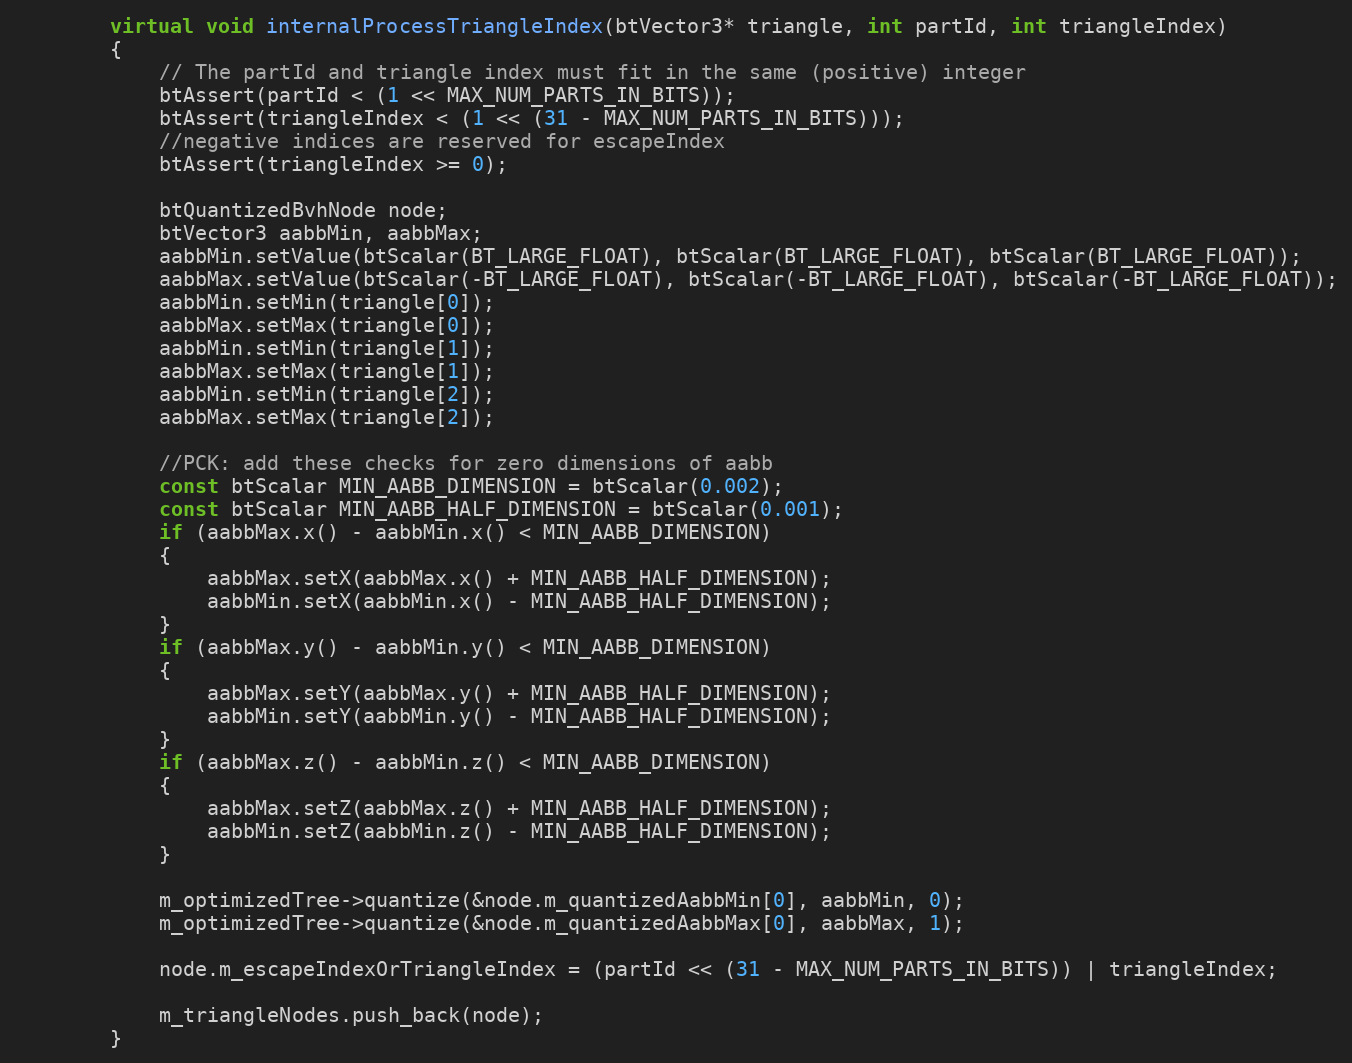
Language: C++
		virtual void internalProcessTriangleIndex(btVector3* triangle, int partId, int triangleIndex)
		{
			// The partId and triangle index must fit in the same (positive) integer
			btAssert(partId < (1 << MAX_NUM_PARTS_IN_BITS));
			btAssert(triangleIndex < (1 << (31 - MAX_NUM_PARTS_IN_BITS)));
			//negative indices are reserved for escapeIndex
			btAssert(triangleIndex >= 0);

			btQuantizedBvhNode node;
			btVector3 aabbMin, aabbMax;
			aabbMin.setValue(btScalar(BT_LARGE_FLOAT), btScalar(BT_LARGE_FLOAT), btScalar(BT_LARGE_FLOAT));
			aabbMax.setValue(btScalar(-BT_LARGE_FLOAT), btScalar(-BT_LARGE_FLOAT), btScalar(-BT_LARGE_FLOAT));
			aabbMin.setMin(triangle[0]);
			aabbMax.setMax(triangle[0]);
			aabbMin.setMin(triangle[1]);
			aabbMax.setMax(triangle[1]);
			aabbMin.setMin(triangle[2]);
			aabbMax.setMax(triangle[2]);

			//PCK: add these checks for zero dimensions of aabb
			const btScalar MIN_AABB_DIMENSION = btScalar(0.002);
			const btScalar MIN_AABB_HALF_DIMENSION = btScalar(0.001);
			if (aabbMax.x() - aabbMin.x() < MIN_AABB_DIMENSION)
			{
				aabbMax.setX(aabbMax.x() + MIN_AABB_HALF_DIMENSION);
				aabbMin.setX(aabbMin.x() - MIN_AABB_HALF_DIMENSION);
			}
			if (aabbMax.y() - aabbMin.y() < MIN_AABB_DIMENSION)
			{
				aabbMax.setY(aabbMax.y() + MIN_AABB_HALF_DIMENSION);
				aabbMin.setY(aabbMin.y() - MIN_AABB_HALF_DIMENSION);
			}
			if (aabbMax.z() - aabbMin.z() < MIN_AABB_DIMENSION)
			{
				aabbMax.setZ(aabbMax.z() + MIN_AABB_HALF_DIMENSION);
				aabbMin.setZ(aabbMin.z() - MIN_AABB_HALF_DIMENSION);
			}

			m_optimizedTree->quantize(&node.m_quantizedAabbMin[0], aabbMin, 0);
			m_optimizedTree->quantize(&node.m_quantizedAabbMax[0], aabbMax, 1);

			node.m_escapeIndexOrTriangleIndex = (partId << (31 - MAX_NUM_PARTS_IN_BITS)) | triangleIndex;

			m_triangleNodes.push_back(node);
		}